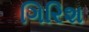
ગિરિશ